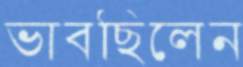
ভাবছিলেন